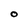
Character: O